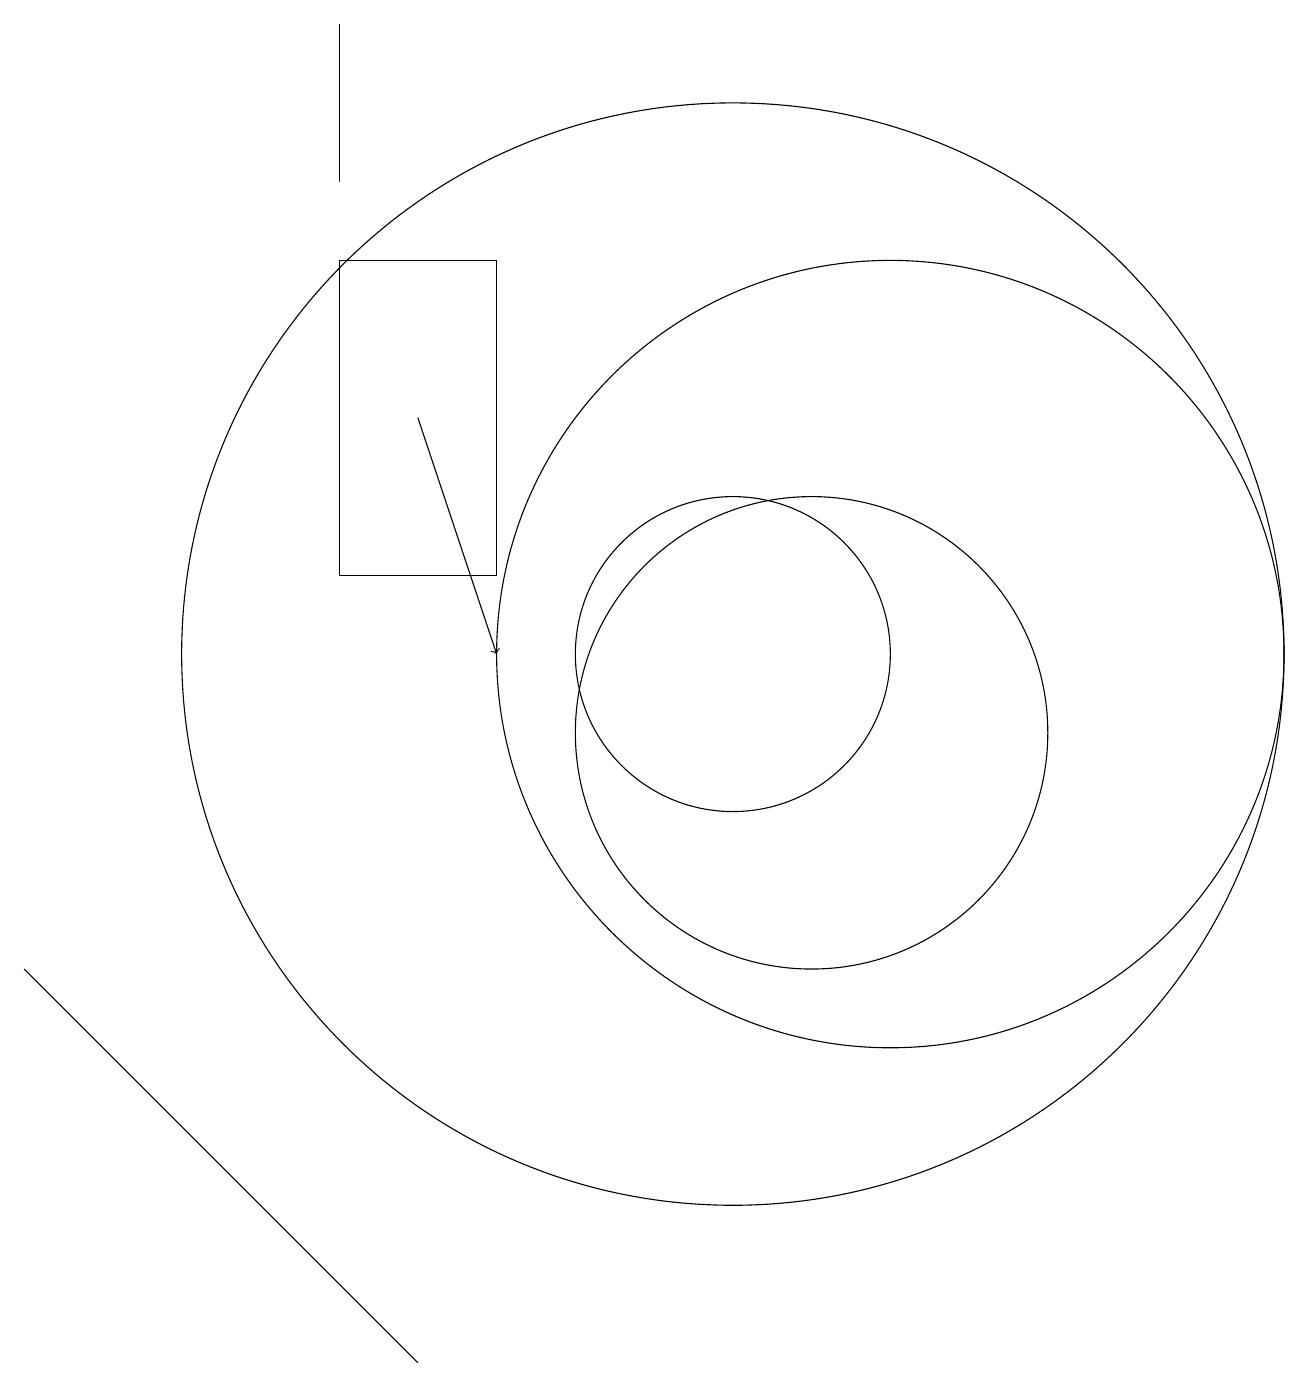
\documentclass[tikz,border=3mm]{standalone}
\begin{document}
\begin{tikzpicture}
\draw (11,10) circle (3);
\draw[->] (6,14) -- (7,11);
\draw (12,11) circle (5);
\draw (3,5) -- (1,7) -- (6,2) -- cycle;
\draw (10,11) circle (2);
\draw (5,19) rectangle (5,17);
\draw (5,12) rectangle (7,16);
\draw (10,11) circle (7);
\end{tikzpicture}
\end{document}